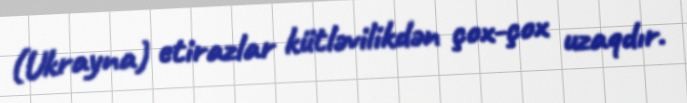
(Ukrayna) etirazlar kütləvilikdən çox-çox uzaqdır.